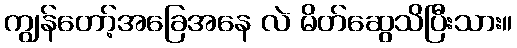
ကျွန်တော့်အခြေအနေ လဲ မိတ်ဆွေသိပြီးသား။